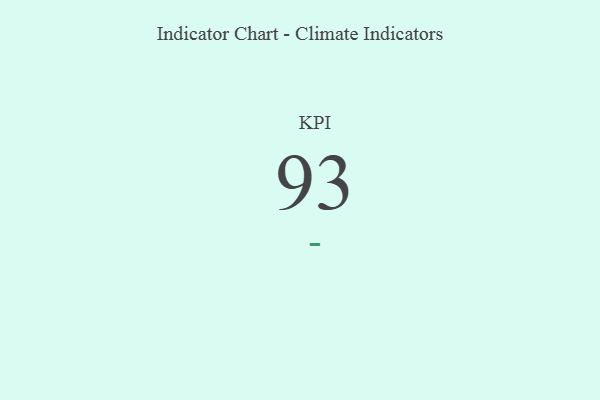
{"axis": {"x": "KPI", "y": "Value"}, "legend": [""], "data": [{"x": "KPI", "y": 93, "type": ""}]}